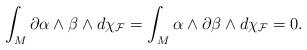
LaTeX: \begin{align*}\int_M\partial \alpha\wedge\beta\wedge d\chi_{\mathcal{F}}=\int_M\alpha\wedge \partial \beta\wedge d\chi_{\mathcal{F}}=0.\end{align*}